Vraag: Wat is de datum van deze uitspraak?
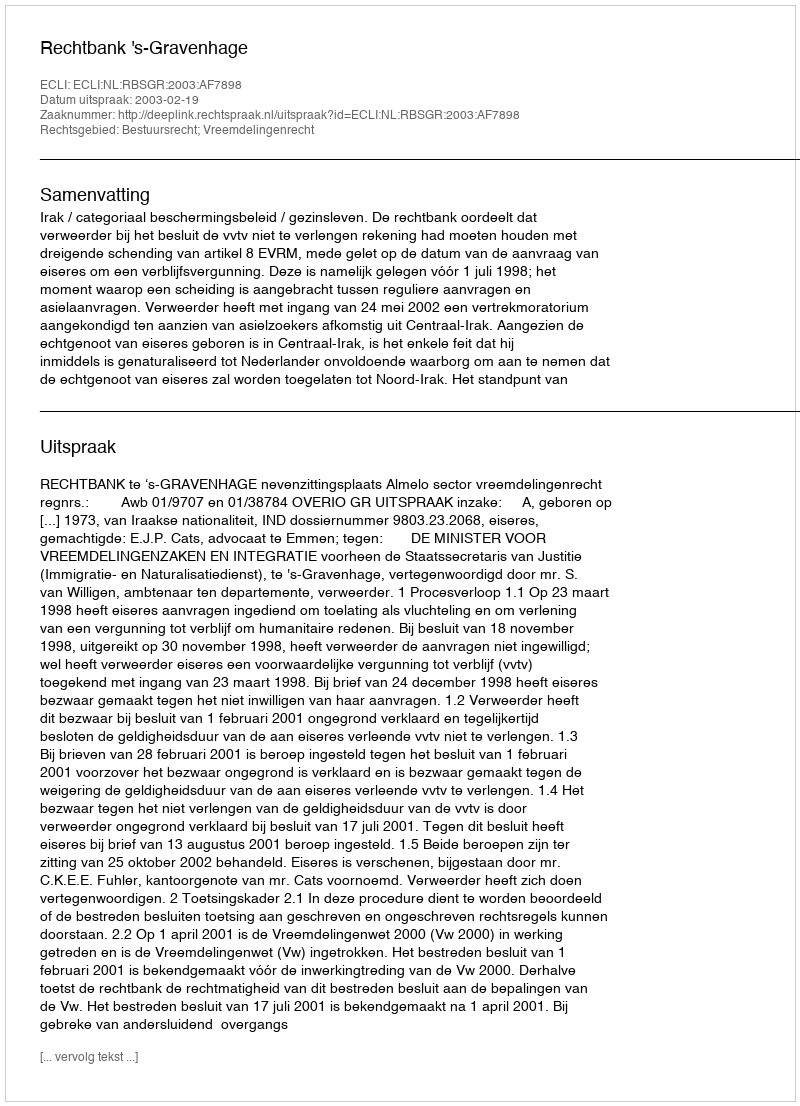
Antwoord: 2003-02-19